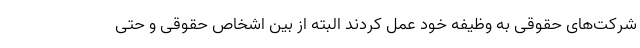
شرکت‌های حقوقی به وظیفه خود عمل کردند البته از بین اشخاص حقوقی و حتی